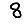
Digit: 8